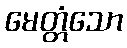
မေတ္တံသော